Annual report of the Punjab Veterinary College and of the Civil Veterinary Department, Punjab - 1909-1919
Year: 1909
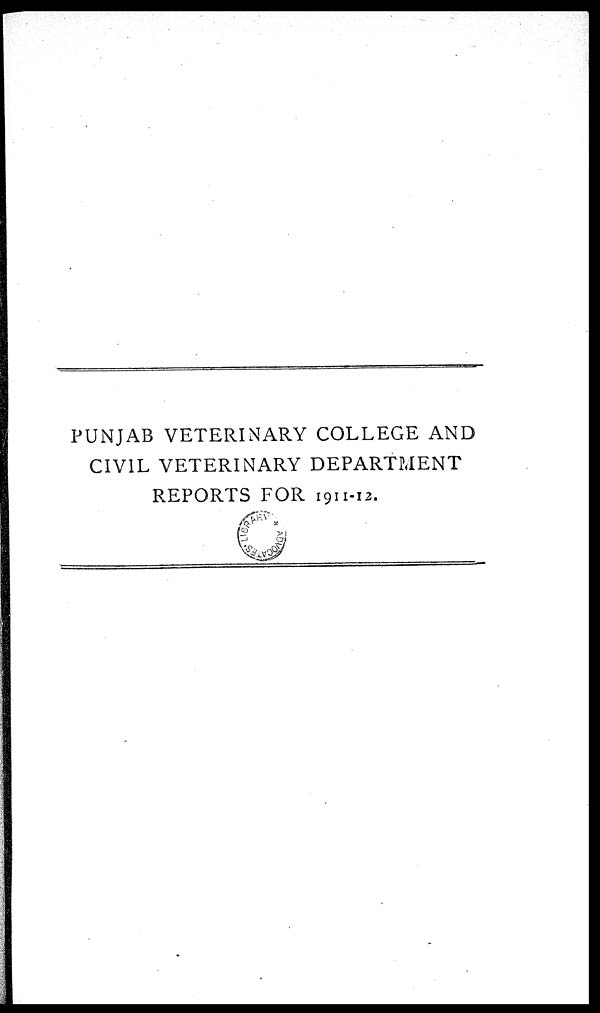
PUNJAB VETERINARY COLLEGE AND
CIVIL VETERINARY DEPARTMENT
REPORTS FOR 1911-12.